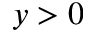
y > 0